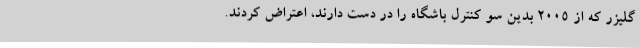
گلیزر که از 2005 بدین سو کنترل باشگاه را در دست دارند، اعتراض کردند.